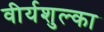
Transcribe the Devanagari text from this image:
वीर्यशुल्का